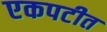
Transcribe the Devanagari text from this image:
एकपटीत